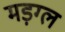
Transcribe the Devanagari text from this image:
मड़ग्ल